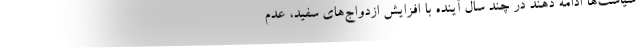
سياست‌ها ادامه دهند در چند سال آينده با افزايش ازدواج‌هاي سفيد، عدم